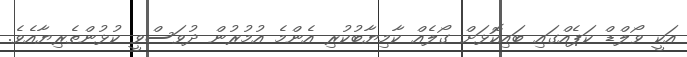
އަކީ ވޯލްޑް ކަޕެއްގައި ބައިކޮޅަށް ގޯލެއް ކާމިޔާބުކުރި އެންމެ އުމުރުން ދުވަސްވީ ކުޅުންތެރިޔާއެވެ.